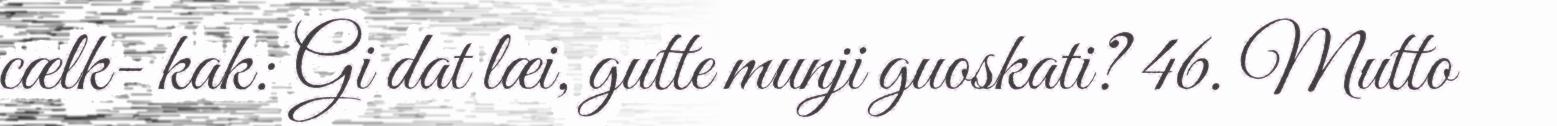
cælk- kak: Gi dat læi, gutte munji guoskati? 46. Mutto